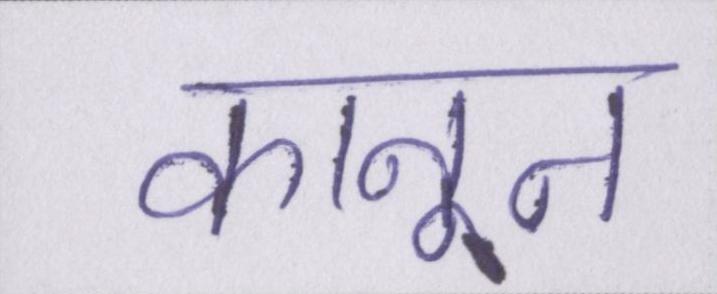
कानून